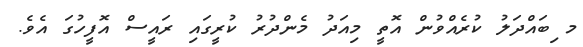
މ ިބައްދަލު ކުރެއްވުން އޮތީ މިއަދު މެންދުރު ކުރީގައި ރައީސް އޮފީހުގަ އެވެ.